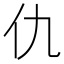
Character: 仇